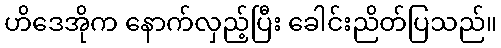
ဟိဒေအိုက နောက်လှည့်ပြီး ခေါင်းညိတ်ပြသည်။